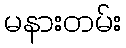
မနားတမ်း